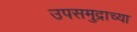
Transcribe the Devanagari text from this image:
उपसमुद्राच्या